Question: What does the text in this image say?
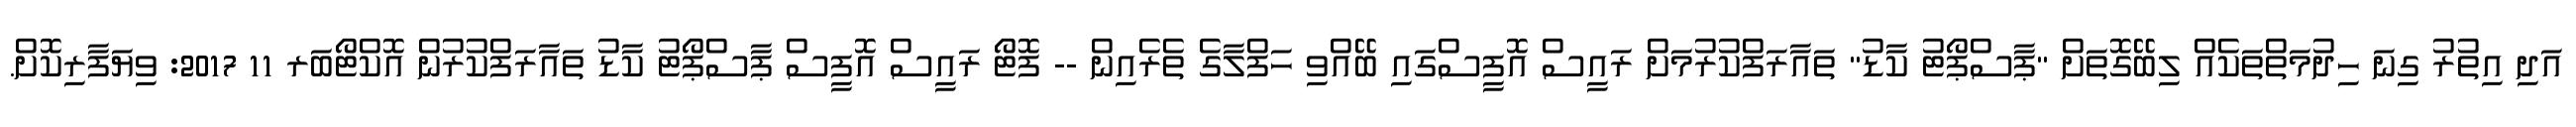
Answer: އަދި އިތުރު ގިނަ ހިދުމަތްތަކެއް ލިބޭގޮތަށް "ޕާސްޕޯޓު ކާޑު" ތައާރަފްކުރުމަށް ރައީސް އޮފީސްގައި ބޭއްވި ހަފްލާގެ ތެރެއިން -- ފޮޓޯ ރައީސް އޮފީސް ޕާސްޕޯޓު ކާޑު ތައާރަފްކުރުން އޮކްޓޯބަރ 11 2017: ވިޔަފާރިކޮށް.